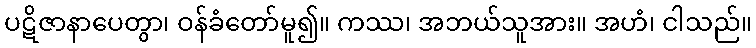
ပဋိဇာနာပေတွာ၊ ဝန်ခံတော်မူ၍။ ကဿ၊ အဘယ်သူအား။ အဟံ၊ ငါသည်။